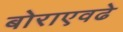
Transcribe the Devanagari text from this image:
बोराएवढे